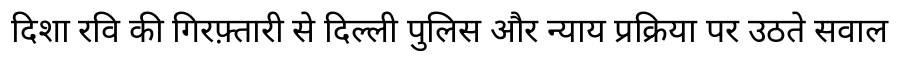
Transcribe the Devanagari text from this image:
दिशा रवि की गिरफ़्तारी से दिल्ली पुलिस और न्याय प्रक्रिया पर उठते सवाल